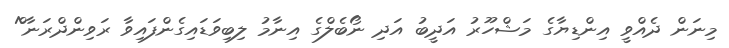
މިނަން ދެއްވީ އިންޑިޔާގެ މަޝްހޫރު އަދީބު އަދި ނޯބެލްގެ އިނާމު ލިބިވަޑައިގެންފައިވާ ރަވިންދްރަނާ^ް